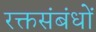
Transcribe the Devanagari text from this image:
रक्तसंबंधों